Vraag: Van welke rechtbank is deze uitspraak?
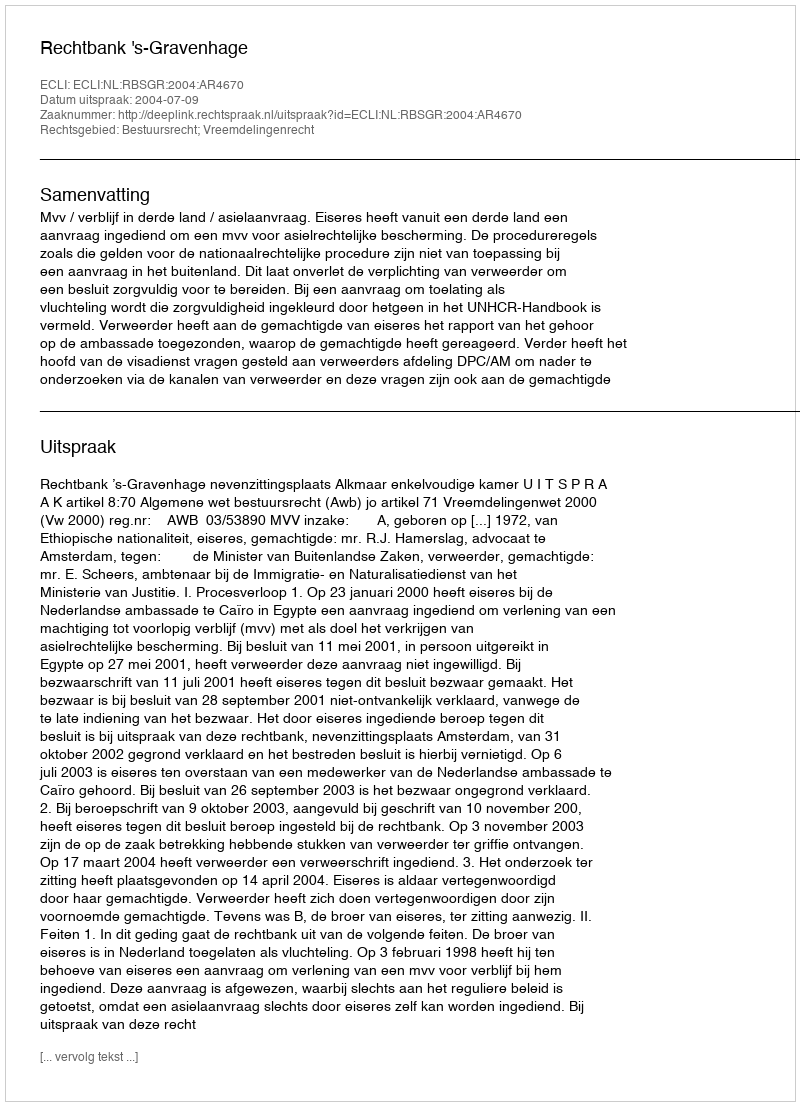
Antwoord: Rechtbank 's-Gravenhage